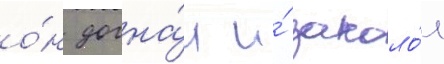
о́н догна́л и́ заколо́л